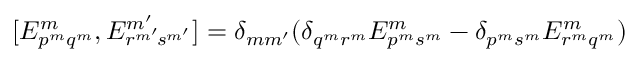
\begin{array} { r } { [ E _ { { p } ^ { m } { q } ^ { m } } ^ { m } , E _ { { r } ^ { m ^ { \smash { \prime } } } \! { s } ^ { m ^ { \smash { \prime } } } } ^ { m ^ { \prime } } ] = \delta _ { m m ^ { \prime } } ( \delta _ { q ^ { m } r ^ { m } } E _ { { p } ^ { m } { s } ^ { m } } ^ { m } - \delta _ { p ^ { m } s ^ { m } } E _ { { r } ^ { m } { q } ^ { m } } ^ { m } ) } \end{array}